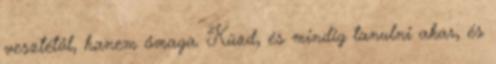
vesztétől, hanem őmaga. Küzd, és mindig tanulni akar, és